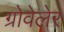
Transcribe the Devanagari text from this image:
ग्रोवेलेर